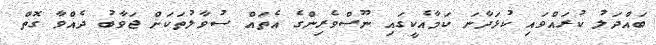
ބައްދަލު ކުރައްވައި ކުޅަދާނަ ކަމާއެކީގައި ނޫސްވެރިންގެ އެތައް ސުވާލުތަކަށް ޖަވާބު ދެއްވާ ގޮތް